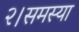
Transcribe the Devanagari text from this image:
२।समस्या